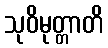
သုဝိမုတ္တာတိ